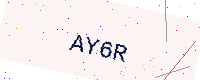
Text: AY6R